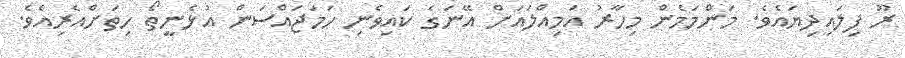
ރޫ ފިލައިދިޔައެވެ. މަންމަމެން މިހާރު އަމިއްލައަށް އޭނަގެ ކައިވެނި ހަމަޖައްސަން އުޅެނީތޯ ހިތަށްއެރިއެވެ.